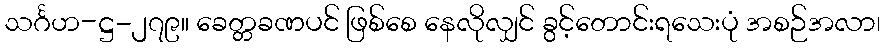
သင်္ဂဟ-ဋ္ဌ-၂၇၉။ ခေတ္တခဏပင် ဖြစ်စေ နေလိုလျှင် ခွင့်တောင်းရသေးပုံ အစဉ်အလာ၊